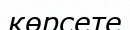
көрсете